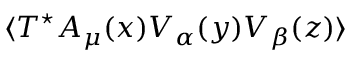
\langle T ^ { \star } A _ { \mu } ( x ) V _ { \alpha } ( y ) V _ { \beta } ( z ) \rangle